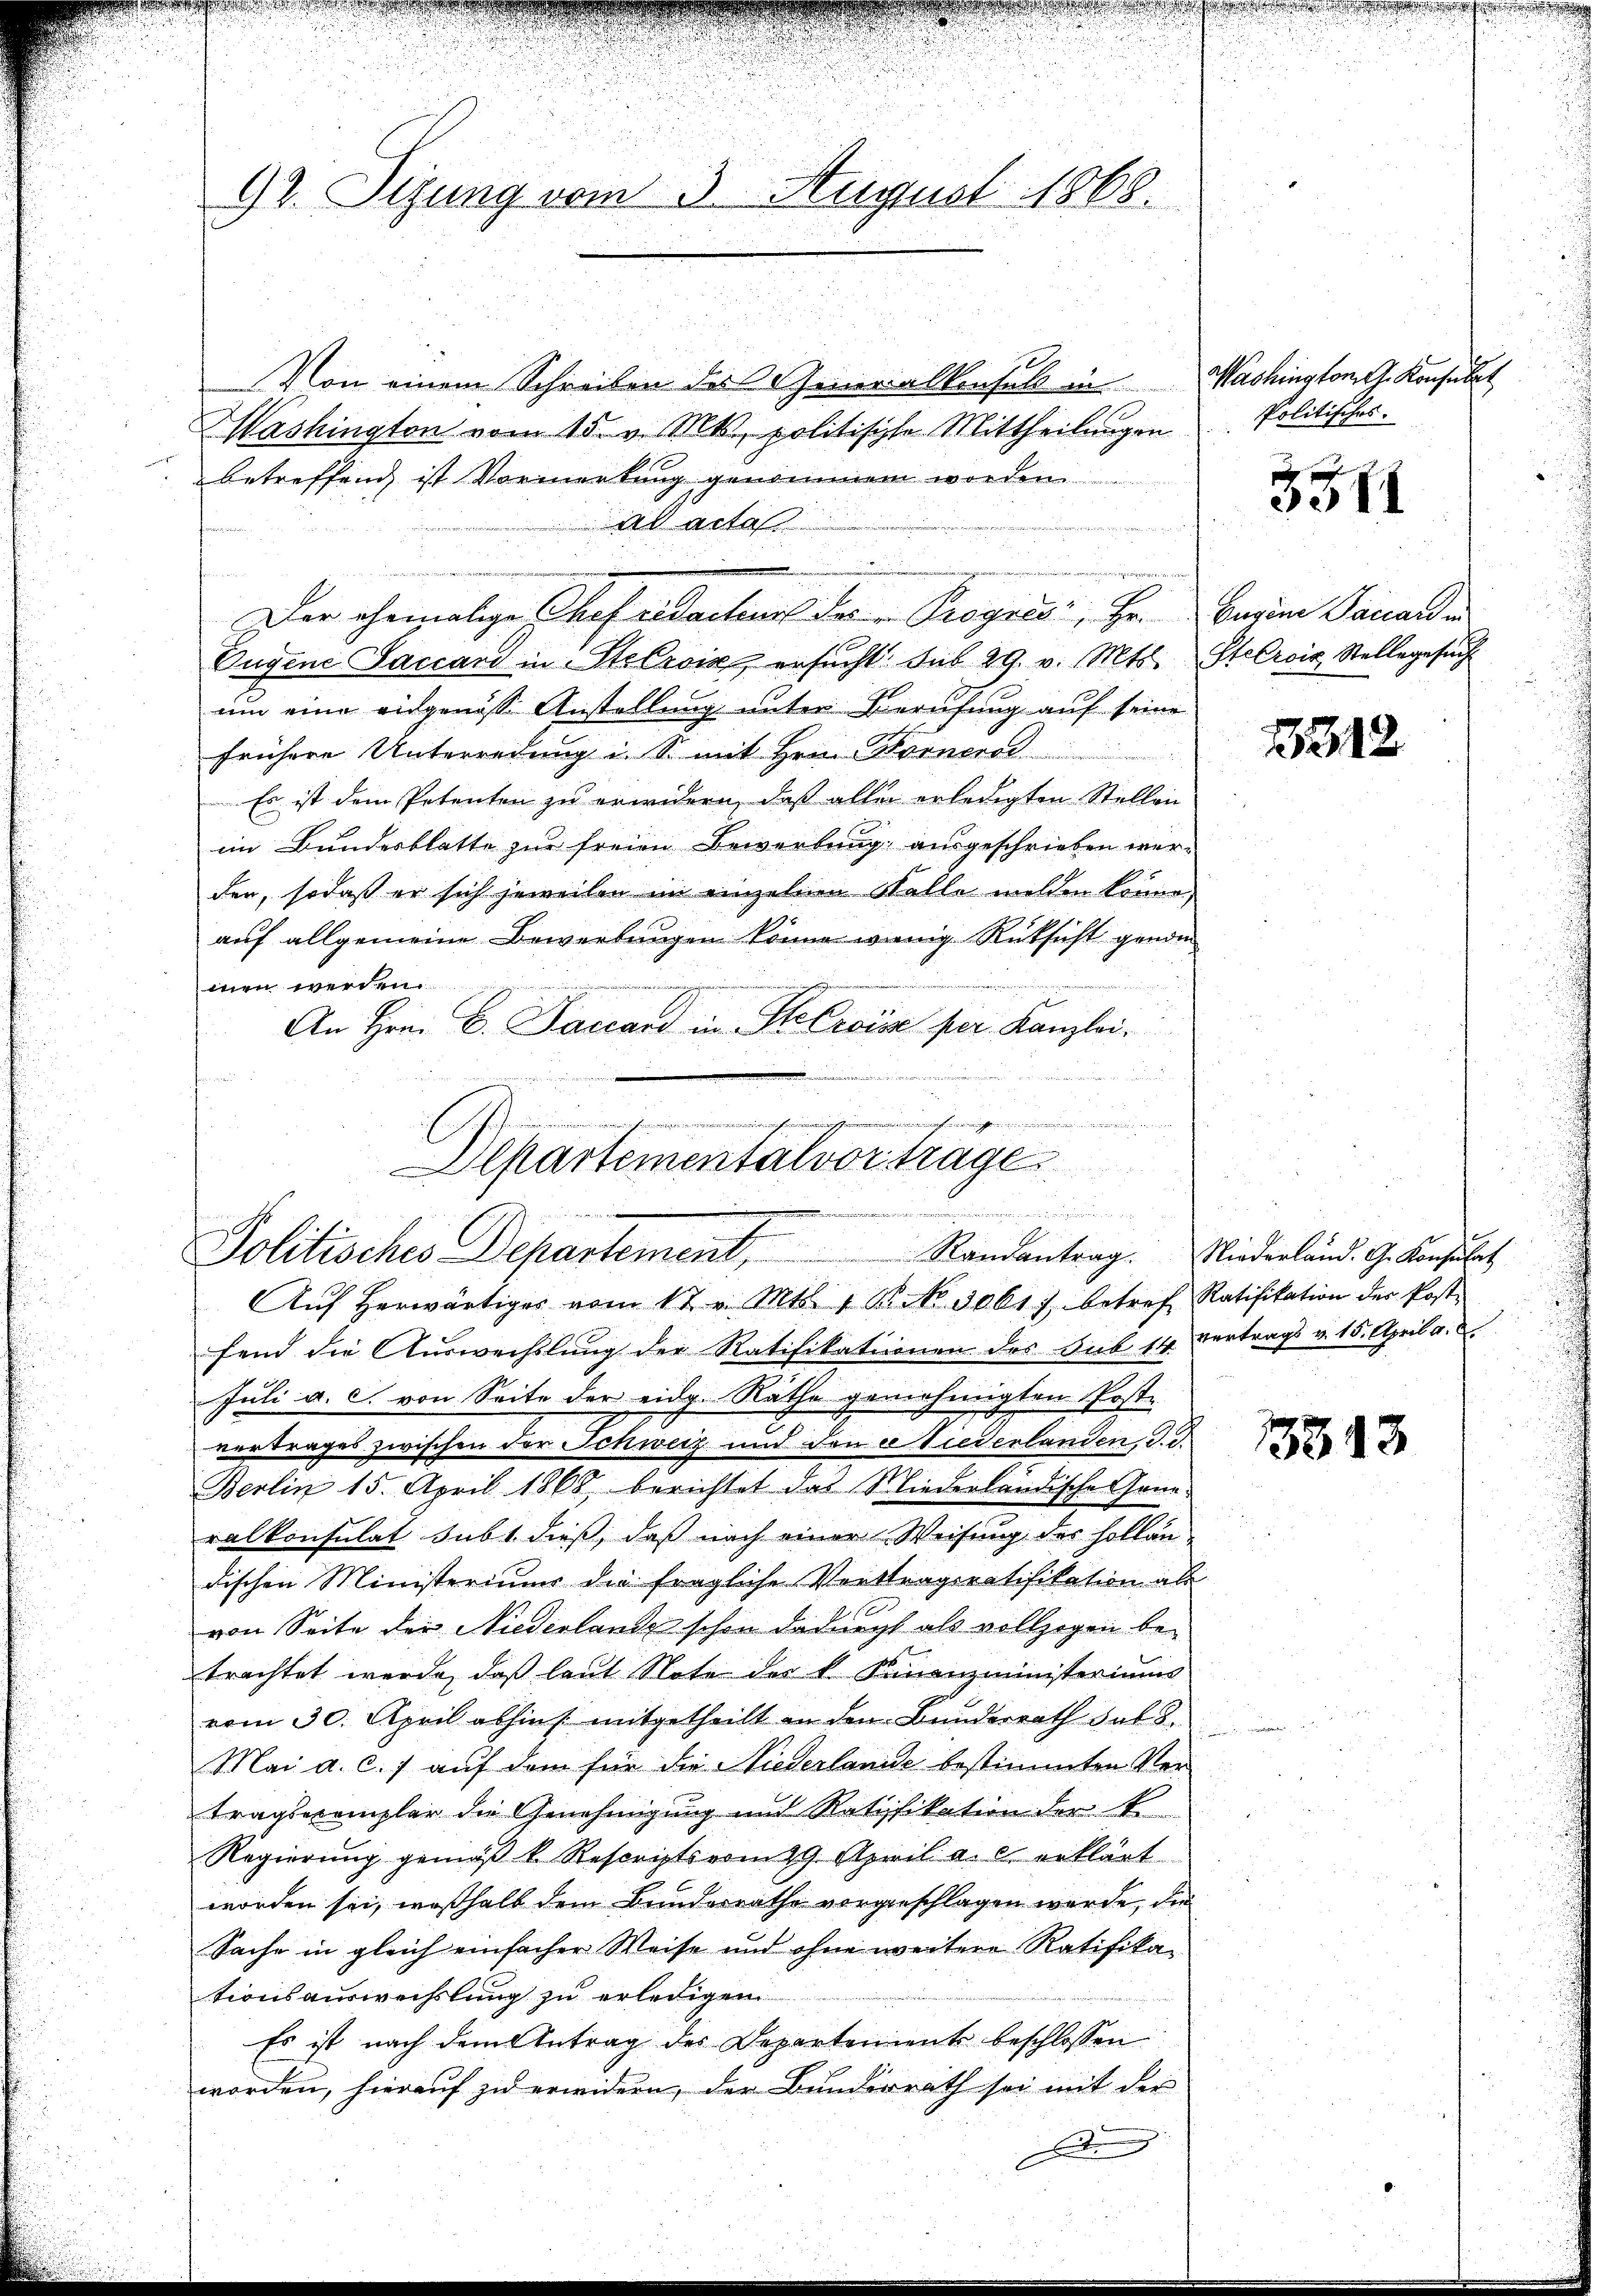
92. Sizung vom 3. August 1868.

Departementalvortrage
Sedung
Politisches Departement Randantrag. Fliederländ. G. Konsulat
Aŭf herwärtiges vom 17. Mts. 1. No. 3061) betref Ratifikation der Post-

Von einem Schreiben des Generalkonsul in Mashington J. Konsulat
Washington vom 15. v. Mts, politische Mittheilungen
Betreffend ist Vormerkung genommen worden
ad acta
Der eherzialige Chef erdachens der Progiés, Hr. Beim Sanard
Eugene Saccard in Stelzvik ersucht. Sub 29. v. Mts. Stecrois Stellegesuch
um eine eidgenosse Anstellung unter Berufung auf seine
frühere Unterredung i. S. mit Hrn. Hornero
Es ist dem Petenten zu erwidern, daß alle erledigten Stellen
im Bundesblatte zur freien Bewerbung ausgeschrieben werden, sodaß er sich jeweilen im einzelnen Walle melden könne,
auf allgemeine Bewerbungen könne wenig Rüksicht genom
men werden.
An Hrn. C. Factand in Stelrose per Kanzlei.
u
r
.

Politisches.

fend die Auswechslung der Ratifikationen des Sub 14 vertrags v. 15. April a. a.
Juli a. c. von Seite der eidg. Räthe genehmigten Postvertrages zwischen der Schweiz und den ee Niederlanden, d. d.
Berlin 15. April 1868 berichtet das Niederländische Grünralkonsulat subt dieß, daß nach einer Weisung des Hollän
dischen Ministeriums die fragliche Vertragsratifikation als
von Seite der Niederlande schon dadurcht als vollzogen betrachtet werde, daß laut Note der k. Finanzministeriums
vom 30. April abhin mitgetheilt an den Bunderrath hat d.
Mai a. c. 7 auf dem für die Niederlanide bestimmten Vertragsexemplar die Genehmigung und Ratifikation der Er
Regierung gemäβ k. Rescripts vom 29. April a. c. erklärt
worden sei, weßhalb dem Bunderrathe vorgeschlagen werde, die
Sache in gleich einfacher Weise und ohne weitere Ratifikationsauswechslung zu erledigen
Es ist nach dem Antrag des Departements beschlossen
worden, hierauf zu erwidern, der Bunderrath sei mit der
d

3311

21312

13513